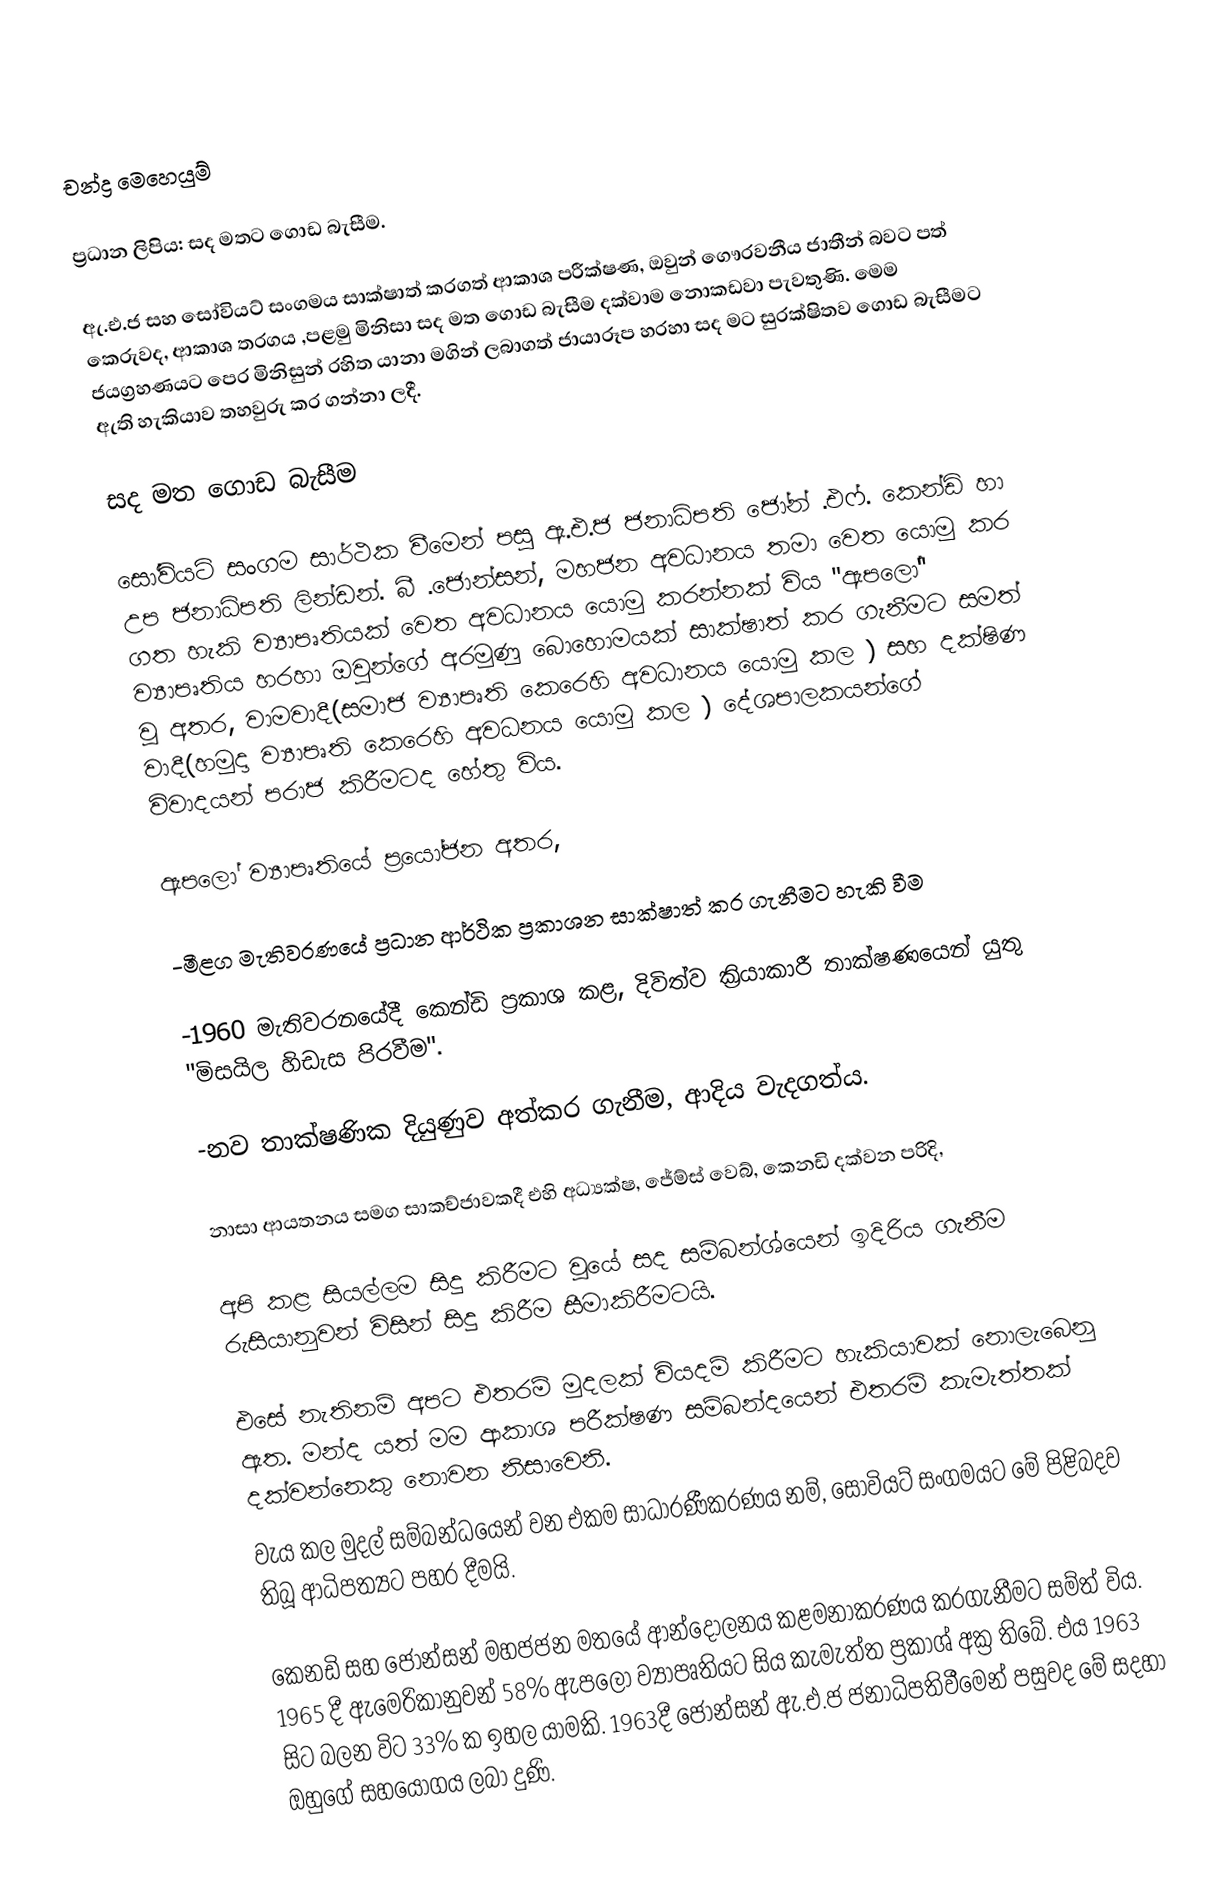
චන්ද්‍ර මෙහෙයුම්

ප්‍රධාන ලිපිය: සද මතට ගොඩ බැසීම.

ඇ.එ.ජ සහ සෝවියට් සංගමය සාක්ෂාත් කරගත් ආකාශ පරීක්ෂණ, ඔවුන් ගෞරවනීය ජාතීන් බවට පත් කෙරුවද, ආකාශ තරගය ,පළමු මිනිසා සද මත ගොඩ බැසීම දක්වාම නොකඩවා පැවතුණි. මෙම ජයග්‍රහණයට පෙර මිනිසුන් රහිත යානා මගින් ලබාගත් ජායාරූප හරහා සද මට සුරක්ෂිතව ගොඩ බැසීමට ඇති හැකියාව තහවුරු කර ගන්නා ලදී.

සද මත ගොඩ බැසීම

සෝවියට් සංගම සාර්ථක වීමෙන් පසු ඇ.එ.ජ ජනාධ්පති ජෝන් .එෆ්. කෙන්ඩි හා උප ජනාධිපති ලින්ඩන්. බී .ජොන්සන්, මහජන අවධානය තමා වෙත යොමු කර ගත හැකි ව්‍යාපෘතියක් වෙත අවධානය යොමු කරන්නක් විය "ඇපලෝ" ව්‍යාපෘතිය හරහා ඔවුන්ගේ අරමුණු බොහොමයක් සාක්ෂාත් කර ගැනීමට සමත් වූ අතර, වාමවාදී(සමාජ ව්‍යාපෘති කෙරෙහි අවධානය යොමු කල ) සහ දක්ෂිණ වාදී(හමුදා ව්‍යාපෘති කෙරෙහි අවධනය යොමු කල ) දේශපාලකයන්ගේ විවාදයන් පරාජ කිරීමටද හේතු විය.

ඇපලෝ ව්‍යාපෘතියේ ප්‍රයෝජන අතර,

-මීළග මැතිවරණයේ ප්‍රධාන ආර්ථික ප්‍රකාශන සාක්ෂාත් කර ගැනීමට හැකි වීම

-1960 මැතිවරනයේදී කෙන්ඩි ප්‍රකාශ කළ, දිවිත්ව ක්‍රියාකාරී තාක්ෂණයෙන් යුතු "මිසයිල හිඩැස පිරවීම".

-නව තාක්ෂණික දියුණුව අත්කර ගැනීම, ආදිය වැදගත්ය.

නාසා ආයතනය සමග සාකච්ජාවකදී එහි අධ්‍යක්ෂ, ජේම්ස් වෙබ්, කෙනඩි දක්වන පරිදි,

අපි කළ සියල්ලම සිදු කිරීමට වූයේ සද සම්බන්ශ්යෙන් ඉදිරිය ගැනීම රුසියානුවන් විසින් සිදු කිරීම සීමාකිරීමටයි.

එසේ නැතිනම් අපට එතරම් මුදලක් වියදම් කිරීමට හැකියාවක් නොලැබෙනු ඇත. මන්ද යත් මම ආකාශ පරීක්ෂණ සම්බන්දයෙන් එතරම් කැමැත්තක් දක්වන්නෙකු නොවන නිසාවෙනි.
වැය කල මුදල් සම්බන්ධයෙන් වන එකම සාධාරණීකරණය නම්, සොවියට් සංගමයට මේ පිළිබදව තිබූ ආධිපත්‍යට පහර දීමයි.

කෙනඩි සහ ජොන්සන් මහජජන මතයේ ආන්දෝලනය කළමනාකරණය කරගැනීමට සම්ත් විය. 1965 දී ඇමෙරිකානුවන් 58% ඇපලෝ ව්‍යාපෘතියට සිය කැමැත්ත ප්‍රකාශ් අක්‍ර තිබේ. එය 1963 සිට බලන විට 33% ක ඉහල යාමකි. 1963දී ජොන්සන් ඇ.එ.ජ ජනාධිපතිවීමෙන් පසුවද මේ සදහා ඔහුගේ සහයෝගය ලබා දුණි.